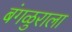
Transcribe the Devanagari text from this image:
बंगळुराला